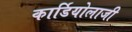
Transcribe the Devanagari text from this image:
कार्डियोलाजी